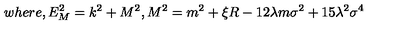
w h e r e , E _ { M } ^ { 2 } = k ^ { 2 } + M ^ { 2 } , M ^ { 2 } = m ^ { 2 } + \xi R - 1 2 \lambda m \sigma ^ { 2 } + 1 5 \lambda ^ { 2 } \sigma ^ { 4 }